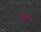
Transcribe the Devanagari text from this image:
ब्यंजनों